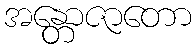
အန္တောဇာတော